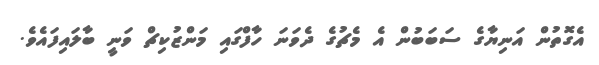
އެގޮތުން އަނިޔާގެ ސަބަބުން އެ މެޗުގެ ދެވަނަ ހާފްގައި މަންޒުކިޗް ވަނީ ބާލައިފައެވެ.